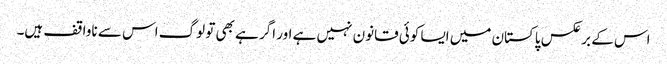
اس کے برعکس پاکستان میں ایسا کوئی قانون نہیں ہے اور اگر ہے بھی تو لوگ اس سے ناواقف ہیں۔